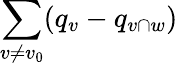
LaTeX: \sum_{v\neq v_{0}}(q_{v}-q_{v\cap w})